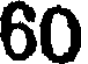
60